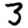
Digit: 3